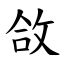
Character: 㪉